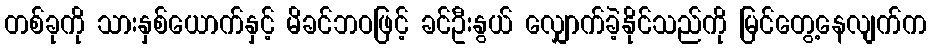
တစ်ခုကို သားနှစ်ယောက်နှင့် မိခင်ဘဝဖြင့် ခင်ဦးနွယ် လျှောက်ခဲ့နိုင်သည်ကို မြင်တွေ့နေလျက်က